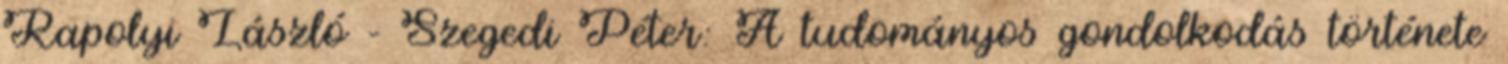
Rapolyi László - Szegedi Péter: A tudományos gondolkodás története